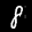
Label: 8